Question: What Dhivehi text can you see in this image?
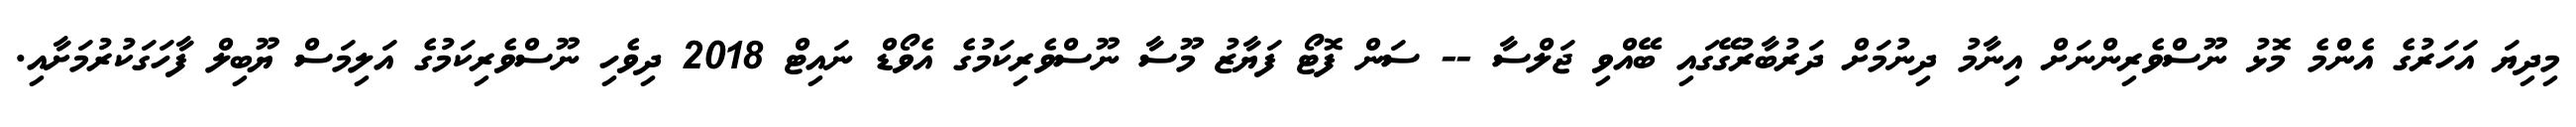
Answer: މިދިޔަ އަހަރުގެ އެންމެ މޮޅު ނޫސްވެރިންނަށް އިނާމު ދިނުމަށް ދަރުބާރުގޭގައި ބޭއްވި ޖަލްސާ -- ސަން ފޮޓޯ ފަޔާޒު މޫސާ ނޫސްވެރިކަމުގެ އެވޯޑް ނައިޓް 2018 ދިވެހި ނޫސްވެރިކަމުގެ އަލިމަސް ޔޫބިލް ފާހަގަކުރުމަށާއި.